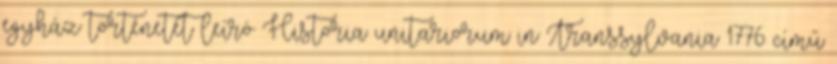
egyház történetét leíró Historia unitariorum in Transsylvania 1776 című